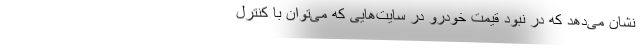
نشان می‌دهد که در نبود قیمت خودرو در سایت‌هایی که می‌توان با کنترل